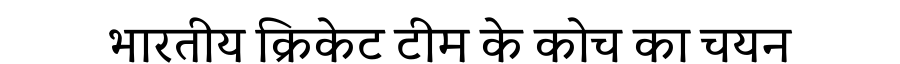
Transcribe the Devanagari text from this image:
भारतीय क्रिकेट टीम के कोच का चयन